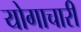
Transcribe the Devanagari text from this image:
योगाचारी